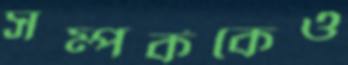
সম্পর্ককেও